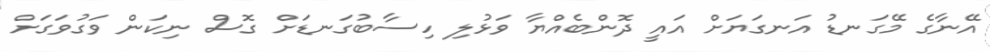
އޭނާގެ މޭގަނޑު އަނގަޔަށް އައީ ދޮންބެއްޔާ ވަޅުލި ހިސާބުގަނޑަށް ގޮސް ނިކަން ވަގުވަގަށް